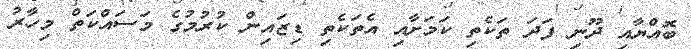
ބޮއްޔާއި ދޫނި ފަދަ ތަކެތި ކަމަށާއި އެތަކެތި ޑިޒައިން ކުރުމުގެ މަސައްކަތް މިހާރު